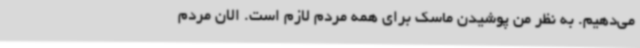
می‌دهیم. به‌ نظر من پوشیدن ماسک برای همه مردم لازم است. الان مردم